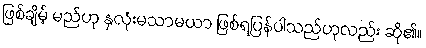
ဖြစ်ချိမ့် မည်ဟု နှလုံးမသာမယာ ဖြစ်ရပြန်ပါသည်ဟုလည်း ဆို၏။